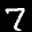
Digit: 7